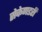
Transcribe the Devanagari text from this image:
सेकेणडरी